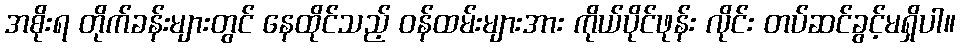
အစိုးရ တိုက်ခန်းများတွင် နေထိုင်သည့် ဝန်ထမ်းများအား ကိုယ်ပိုင်ဖုန်း လိုင်း တပ်ဆင်ခွင့်မရှိပါ။